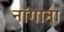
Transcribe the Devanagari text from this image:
नॉगाना